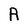
Character: A